Annual statistical returns and brief notes on vaccination in Bengal - 1887-1898
Year: 1887
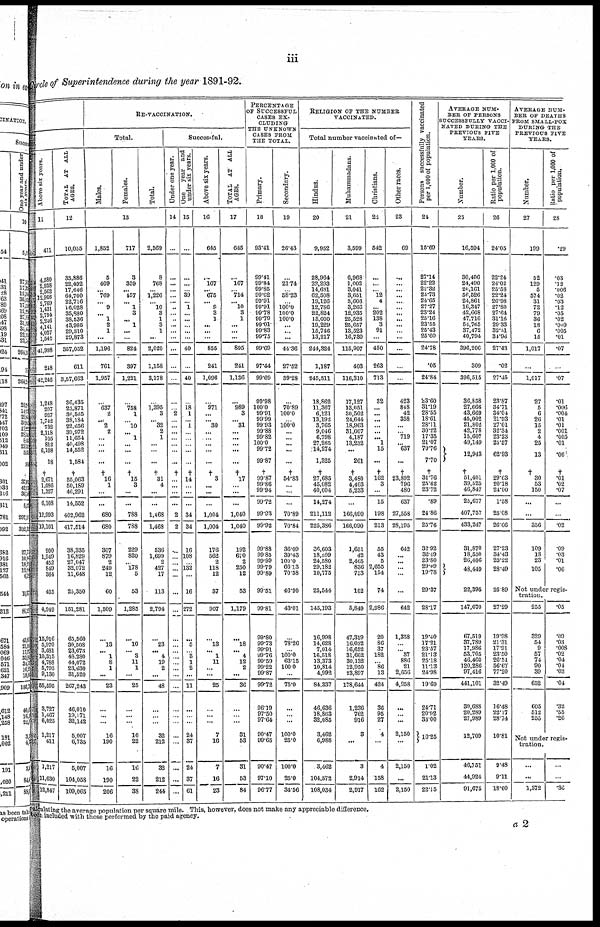
iii
Circle of Superintendence during the year 1891-92.
Above six years.
11
411
4,580
2,938
2562
12,966
2,769
1,431
2,794
2,246
4,141
4,027
1,544
41,998
248
42,246
1,248
207
927
1,742
732
2,118
105
812
6,108
18
†
2,671
1,086
1,327
6,108
12,993
19,101
900
1,949
452
849
364
435
4,949
15,916
5,970
3,681
10,315
4,788
5,795
9,130
55,595
3,727
1,467
6,025
1,217
411
1,217
11,630
12,847
TOTAL AT ALL
AGES.
12
10,055
35,886
22,492
17,646
64,700
22,716
16,028
35,880
38,536
43,985
29,310
29,873
357,052
611
3,57,663
36,435
23,871
36,555
38,184
22,656
39,972
11,654
40,498
14,552
1,584
†
55,063
50,189
46,291
14,552
402,962
417,514
38,335
16,829
27,047
32,072
11,648
25,350
151,281
65,560
30,508
23,673
48,280
44,072
23,630
31,520
267,243
46,010
19,171
32,142
5,007
6,735
5,007
104,058 109,065
RE-VACCINATION.
Total.
Males.
Females.
Total.
13
1,852
5
409
...
769
...
9
...
1
2
1
...
1,196
761
1,957
...
637
2
...
2
2
...
...
...
...
†
16
1
...
...
680
680
307
879
2
249
12
60
1,509
...
13
...
1
8
1
...
23
...
...
...
16
190
16
190
206
717
3
359
... 457
... 1
3
...
1
...
...
824
397
1,221
...
758
1
...
10
...
1
...
...
...
†
15
3
...
...
788
788
229
820
...
178
5
53
1,285
...
10
...
3
11
1
...
25
...
...
...
16
22
16
22
38
2,569
8
768
...
1,226
... 10
3
1
3
1
...
2,020
1,158
3,178
...
1,395
3
...
32
2
1
...
...
...
†
31
4
...
...
1,468
1,468
536
1,699
2
427
17
113
2,794
...
23
...
4
19
2
...
48
...
...
...
32
212
32
212
244
Successful.
under one year.
14
...
...
...
...
...
...
...
...
...
...
...
...
...
...
...
...
...
2
...
...
...
...
...
...
...
†
...
...
...
...
2
2
...
...
...
...
...
...
...
...
...
...
...
...
...
...
...
...
...
...
...
...
...
...
...
One
year and.
under six years.
15
...
...
...
...
39
...
1
...
...
...
...
...
40
...
40
...
18
1
... 1
...
...
...
...
...
†
14
...
...
...
34
34
16
108
...
132
...
16
272
...
5
...
3
1
2
...
11
...
...
...
24
37
24
37
61
Above six years.
16
645
...
167
... 675
... 9
3
1
...
...
...
855
241
1,096
...
971
...
...
30
...
...
...
...
...
†
3
...
...
...
1,004
1,004
176
562
2
118
12
37
907
...
13
...
1
11
...
...
25
...
...
...
7
16
7
16
23
TOTAL AT ALL
AGES.
17
645
...
167
...
714
... 10
3
1
...
...
...
895
241
1,136
...
989
3
... 31
...
...
...
...
...
†
17
...
...
...
1,040
1,040
192
670
2
250
12
53
1,179
...
18
...
4
12
2
...
36
...
...
...
31
53
31
53
84
PERCENTAGE
OF SUCCESSFUL
CASES EX-
CLUDING
THE UNKNOWN
CASES FROM
THE TOTAL.
Primary.
18
93.41
99.41
99.84
99.85
99.62
99.91
99.91
99.78
99.79
99.01
99.83
99.75
99.69
97.44
99.69
99.98
100.0
99.91
99.99
99.93
99.88
99.82
100.0
99.72
99.87
†
99.87
99.86
99.94
99.72
99.93
99.92
99.88
99.85
99.99
99.79
99.89
99.51
99.81
99.80
99.73
99.91
99.76
99.59
99.22
99.87
99.72
96.19
97.50
97.64
90.47
99.65
90.47
97.10
96.77
Secondary.
19
26.43
...
21.74
...
58.23
...
100.0
100.0
100.0
...
...
...
44.36
27.52
39.28
...
70.89
100.0
...
100.0
...
...
...
...
...
†
54.83
...
...
...
70.89
70.84
36.09
39.43
100.0
66.13
70.58
46.90
43.01
...
78.26
...
100.0
63.15
100.0
...
75.0
...
...
...
100.0
25.0
100.0
25.0
34.56
RELIGION OF THE NUMBER
VACCINATED.
Total number vaccinated of—
Hindus.
20
9,952
28,964
22,293
14,631
62,508
19,126
12,786
22,824
13,000
19,229
15,746
13,217
244,324
1,187
245,511
18,862
11,367
6,121
13,192
3,765
9,046
6,798
27,265
14,274
1,325
†
27,685
45,082
40,604
14,274
211,112
225,386
36,603
18,509
24,580
29,182
10,775
25,544
145,193
16,998
14,628
7,014
16,518
13,373
10,814
4,992
84,337
46,636
18,863
32,085
3,462
6,988
3,462
104,572
108,034
Muhammadans.
21
3,599
6,968
1,002
3,041
3,651
3,606
3,266
12,935
25,528
25,657
13,523
16,730
115,907
403
116,310
17,127
13,051
30,502
24,644
18,963
31,007
4,187
13,232
...
261
†
3,480
4,403
5,233
...
160,090
166,090
1,651
42
2,465
836
753
102
5,849
47,319
16,032
16,652
31,662
30,132
12,950
23,897
178,644
1,236
762
916
3
...
3
2,914
2,917
Christians.
22
542
...
...
...
12
4
...
202
138
3
91
...
450
263
713
32
...
...
...
...
...
...
1
15
...
†
162
3
...
15
198
213
55
43
5
2,655
154
74
2,986
20
86
37
182
... 86
13
424
36
95
27
4
...
4
158
162
Other races.
23
69
...
...
...
...
....
...
...
...
...
...
...
...
...
...
423
848
42
358
...
...
719
... 637
...
†
23,392
796
480
637
27,558
28,195
642
...
...
...
...
...
642
1,358
...
... 37
886
21
2,656
4,958
...
...
...
2,150
...
2,150
...
2,150
Persons successfully vaccinated
per 1,000 of population.
24
15.69
27.14
22.22
22.32
25.73
24.65
27.27
23.24
25.16
23.55
25.43
25.60
24.78
.05
24.84
23.60
31.19
28.55
18.61
28.11
30.22
17.35
21.07
70.76
7.70
†
31.76
25.62
23.72
.89
24.86
25.76
32.92
32.49
23.80
29.09
19.78
29.37
28.17
19.40
17.21
23.57
21.13
25.18
11.13
24.98
19.69
24.71
20.92
33.00
10.25
1.02
21.13
22.15
AVERAGE NUM-
BER OF PERSONS
SUCCESSFULLY VACCI-
NATED DURING THE
PREVIOUS FIVE
YEARS.
Number.
25
16,594
30,406
24,490
20,161
56,526
24,861
16,347
42,668
47,716
54,765
37,472
40,794
396,206
309
396,515
36,858
27,666
43,669
45,002
21,802
42,778
15,607
49,149
12,943
†
51,401
39,525
46,847
25,677
407,757
433,247
31,870
18,550
26,406
48,449
22,395
147,670
67,519
37,789
17,986
53,705
46,400
120,286
97,416
441,101
30,688
20,289
27,989
12,709
46,751
44,924
91,675
Ratio per 1,000 of
population.
26
24.05
22.24
24.02
25.58
22.24
26.98
27.80
27.64
31.16
29.33
82.51
34.96
27.43
.02
27.45
23.87
34.71
34.04
21.93
27.01
32.34
23.23
25.57
62.93
†
29.63
20.18
24.00
1.58
25.08
26.66
27.23
34.43
23.22
28.49
25.89
27.29
19.98
21.31
17.91
23.50
26.51
56.67
77.20
32.49
16.48
22.17
28.74
10.81
9.48
9.11
18.60
AVERAGE NUM-
BER OF DEATHS
FROM SMALL-POX
DURING THE
PREVIOUS FIVE
YEARS.
Number.
27
199
52
129
5
574
31
72
79
36
18
6
15
1,017
...
1,017
27
5
6
26
15
2
4
25
13
†
30
53
150
...
...
356
109
18
23
105
Ratio per 1,000 of
population.
28
.29
.03
.12
.006
.02
.03
.12
.05
.02
.009
.005
.01
.07
...
.07
.01
.006
.004
.01
.01
.001
.005
.01
.06
†
.01
.02
.07
...
...
.02
.09
.03
.01
.06
Not under regis-
tration.
255
329
54
9
57
74
90
39
652
605
512
255
.05
.09
.03
.008 .02
.04
.04
.03
.04
.32
.55
.26
Not under regis-
tration.
...
...
1,372
...
...
.36
calculating the average population per square mile. This, however, does not make any appreciable difference.
been included with those performed by the paid agency.
a 2